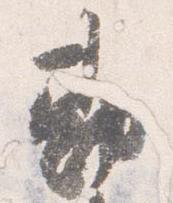
勘